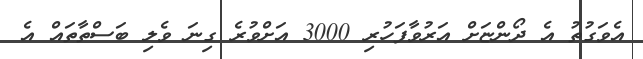
އެވަގުތު އެ ދޯންޏަށް އަރުވާފަހުރި 3000 އަށްވުރެ ގިނަ ވެލި ބަސްތާތައް އެ